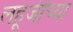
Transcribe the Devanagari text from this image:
लहूजींच्या